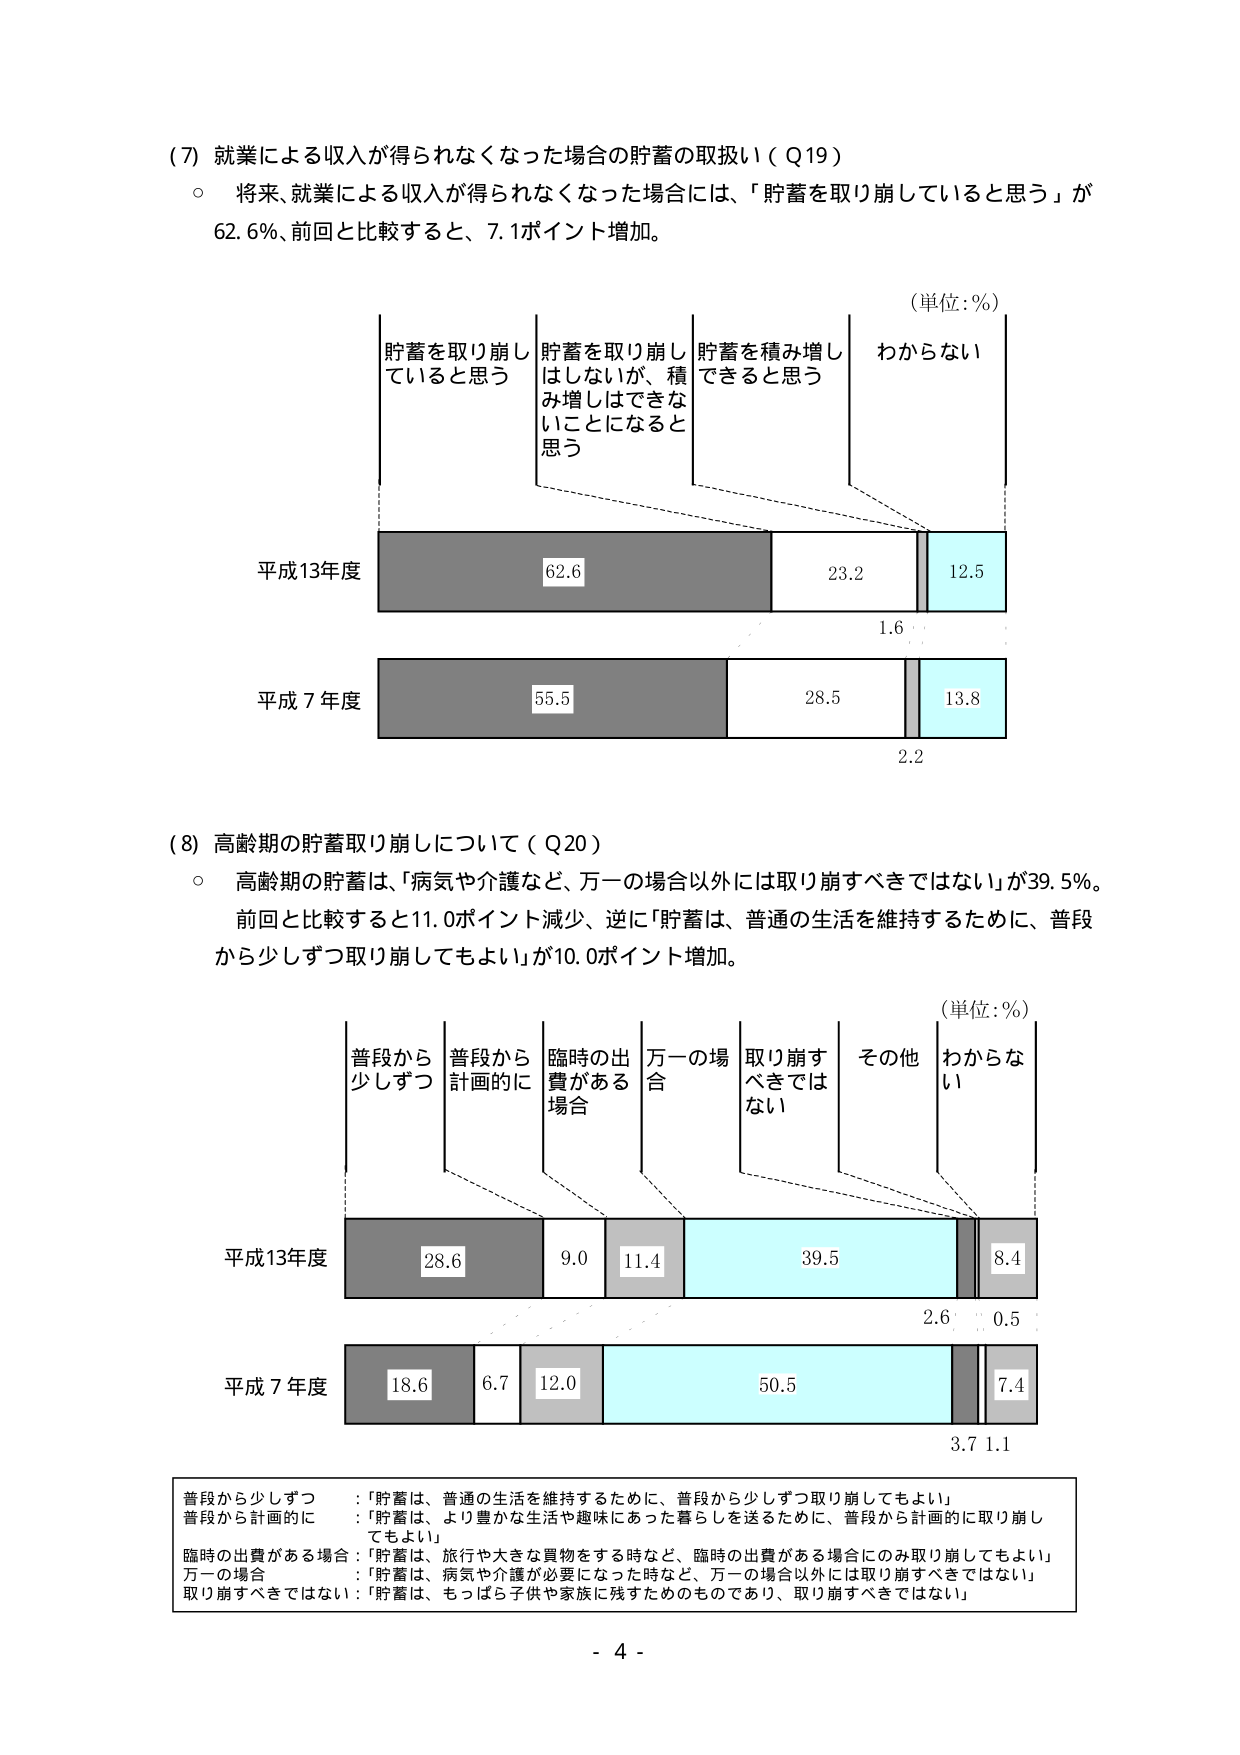
(7) 就業による収入が得られなくなった場合の貯蓄の取扱い（Q19）
○ 将来、就業による収入が得られなくなった場合には、「貯蓄を取り崩していると思う」が62.6％、前回と比較すると、7.1ポイント増加。

（単位：％）
貯蓄を取り崩していると思う　貯蓄を取り崩しはしないが、積み増しはできないことになると思う　貯蓄を積み増しできると思う　わからない

平成13年度
62.6　23.2　12.5
1.6

平成7年度
55.5　28.5　13.8
2.2

(8) 高齢期の貯蓄取り崩しについて（Q20）
○ 高齢期の貯蓄は、「病気や介護など、万一の場合以外には取り崩すべきではない」が39.5％。前回と比較すると11.0ポイント減少、逆に「貯蓄は、普通の生活を維持するために、普段から少しずつ取り崩してもよい」が10.0ポイント増加。

（単位：％）
普段から少しずつ　普段から計画的に　臨時の出費がある場合　万一の場合　取り崩すべきではない　その他　わからない

平成13年度
28.6　9.0　11.4　39.5　8.4
2.6　0.5

平成7年度
18.6　6.7　12.0　50.5　7.4
3.7　1.1

普段から少しずつ　：「貯蓄は、普通の生活を維持するために、普段から少しずつ取り崩してもよい」
普段から計画的に　：「貯蓄は、より豊かな生活や趣味にあった暮らしを送るために、普段から計画的に取り崩してもよい」
臨時の出費がある場合　：「貯蓄は、旅行や大きな買物をする時など、臨時の出費がある場合にのみ取り崩してもよい」
万一の場合　：「貯蓄は、病気や介護が必要になった時など、万一の場合以外には取り崩すべきではない」
取り崩すべきではない　：「貯蓄は、もっぱら子供や家族に残すためのものであり、取り崩すべきではない」

- 4 -